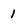
Character: 1